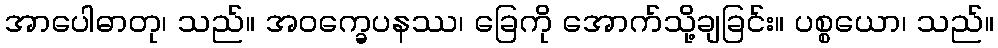
အာပေါဓာတု၊ သည်။ အဝက္ခေပနဿ၊ ခြေကို အောက်သို့ချခြင်း။ ပစ္စယော၊ သည်။